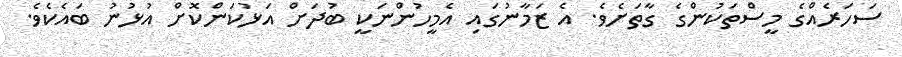
ސަހަރެއްގެ މީސްތަކުންގެ ގާތަށެވެ. އެ ޒަމާނުގައި އެމީހުންނަކީ ބުދަށް އަޅުކަންކޮށް އުޅުނު ބައެކެވެ.